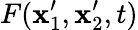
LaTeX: F(\mathbf{x}_{1}^{\prime},\mathbf{x}_{2}^{\prime},t)